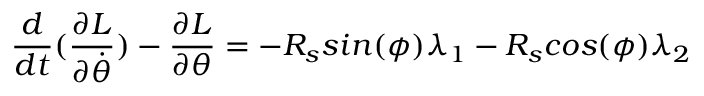
\frac { d } { d t } ( \frac { \partial L } { \partial \dot { \theta } } ) - \frac { \partial L } { \partial \theta } = - R _ { s } s i n ( \phi ) \lambda _ { 1 } - R _ { s } c o s ( \phi ) \lambda _ { 2 }